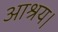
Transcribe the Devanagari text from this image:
आश्रय।